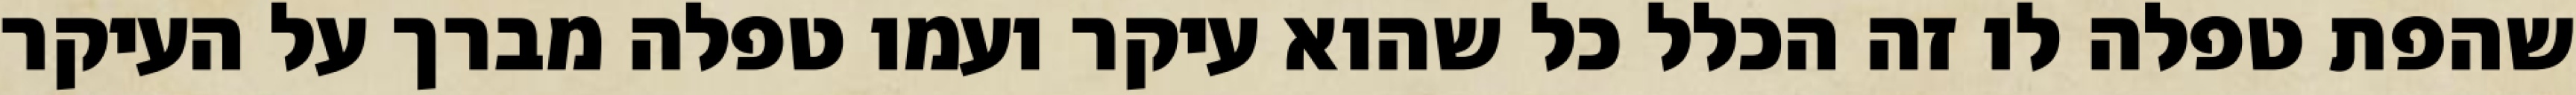
שהפת טפלה לו זה הכלל כל שהוא עיקר ועמו טפלה מברך על העיקר